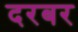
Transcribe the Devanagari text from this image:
दरबर